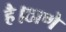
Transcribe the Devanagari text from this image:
है।ठाणे